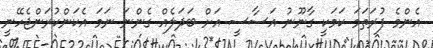
އެންމެ ފުރަތަމަ ކަމަކީ ގާނޫނު އަސާސީ އަށް ބަދަލެއް ގެންނަ ނަމަ އެކަންކުރަންޖެހޭނީ